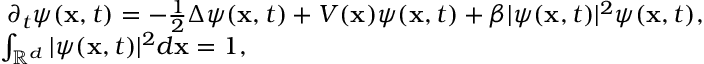
\begin{array} { r l } & { \mathrm { \i } \partial _ { t } \psi ( \mathbf { x } , t ) = - \frac { 1 } { 2 } \Delta \psi ( \mathbf { x } , t ) + V ( \mathbf { x } ) \psi ( \mathbf { x } , t ) + \beta | \psi ( \mathbf { x } , t ) | ^ { 2 } \psi ( \mathbf { x } , t ) , } \\ & { \int _ { \mathbb { R } ^ { d } } | \psi ( \mathbf { x } , t ) | ^ { 2 } d \mathbf { x } = 1 , } \end{array}